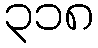
၃၁၈